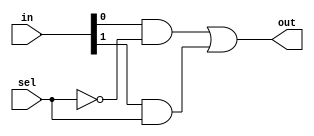
`timescale 1ns / 1ps
//////////////////////////////////////////////////////////////////////////////////
// Company: 
// Engineer: 
// 
// Design Name: 
// Module Name: mux_2to1
// Project Name: 
// Target Devices: 
// Tool Versions: 
// Description: 
// 
// Dependencies: 
// 
// Revision:
// Revision 0.01 - File Created
// Additional Comments:
// 
//////////////////////////////////////////////////////////////////////////////////


module mux_2to1(
    input [1:0] in,
    input sel,
    output out
    );
    wire sbar, w1, w2;
  not G1 (selbar, sel);
  and G2 (w1, in[0], selbar);
  and G3 (w2, in[1], sel);
  or G4 (out, w1, w2);
endmodule